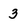
Character: 3